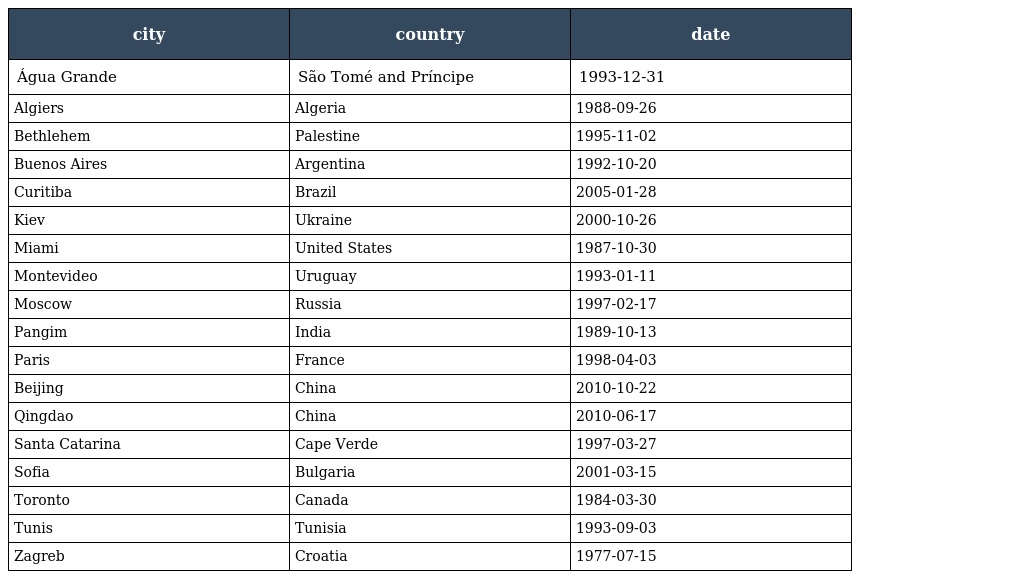
| city | country | date |
 | --- | --- | --- |
 | Água Grande | São Tomé and Príncipe | 1993-12-31 |
 | Algiers | Algeria | 1988-09-26 |
 | Bethlehem | Palestine | 1995-11-02 |
 | Buenos Aires | Argentina | 1992-10-20 |
 | Curitiba | Brazil | 2005-01-28 |
 | Kiev | Ukraine | 2000-10-26 |
 | Miami | United States | 1987-10-30 |
 | Montevideo | Uruguay | 1993-01-11 |
 | Moscow | Russia | 1997-02-17 |
 | Pangim | India | 1989-10-13 |
 | Paris | France | 1998-04-03 |
 | Beijing | China | 2010-10-22 |
 | Qingdao | China | 2010-06-17 |
 | Santa Catarina | Cape Verde | 1997-03-27 |
 | Sofia | Bulgaria | 2001-03-15 |
 | Toronto | Canada | 1984-03-30 |
 | Tunis | Tunisia | 1993-09-03 |
 | Zagreb | Croatia | 1977-07-15 |